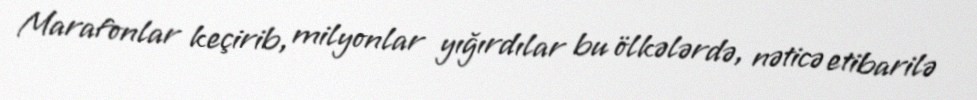
Marafonlar keçirib, milyonlar yığırdılar bu ölkələrdə, nəticə etibarilə